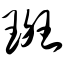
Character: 斑